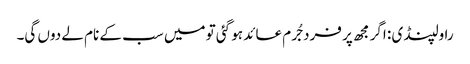
راولپنڈی : اگر مجھ پر فرد جُرم عائد ہو گئی تو میں سب کے نام لے دوں گی۔